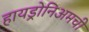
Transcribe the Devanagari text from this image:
हायड्रोनिअमची